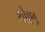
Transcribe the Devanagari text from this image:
शोएब़